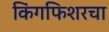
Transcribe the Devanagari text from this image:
किंगफिशरचा